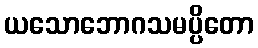
ယသောဘောဂသမပ္ပိတော